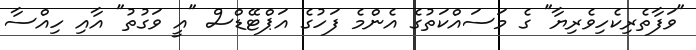
"ވަފާތެރިކެހިވެރިޔާ" ގެ މަސައްކަތުގެ އެންމެ ފަހުގެ އަޕްޓޭޑްސް "އީ ވަގުތު" އާއި ހިއްސާ